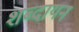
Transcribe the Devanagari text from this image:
शब्दायन